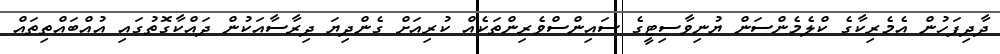
ދާދިފަހުން އެމެރިކާގެ ކްލެމެންސަން ޔުނިވާސިޓީގެ ސައިންސްވެރިންތަކެއް ކުރިއަށް ގެންދިޔަ ދިރާސާއަކުން ދައްކާގޮތުގައި އުއްބައްތިތައް